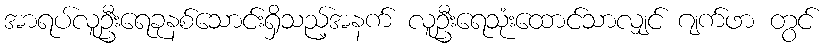
အာရပ်လူဦးရေခုနစ်သောင်းရှိသည့်အနက် လူဦးရေသုံးထောင်သာလျှင် ဂျက်ဖာ တွင်